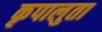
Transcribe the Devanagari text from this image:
कृपालुता